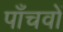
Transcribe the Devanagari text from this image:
पाँचवों